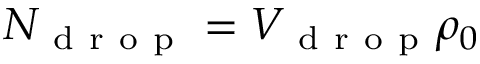
N _ { \mathrm { ~ d ~ r ~ o ~ p ~ } } = V _ { \mathrm { ~ d ~ r ~ o ~ p ~ } } \rho _ { 0 }